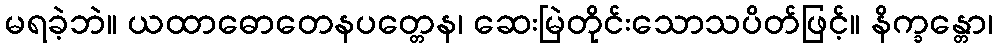
မရခဲ့ဘဲ။ ယထာဓောတေနပတ္တေန၊ ဆေးမြဲတိုင်းသောသပိတ်ဖြင့်။ နိက္ခန္တော၊